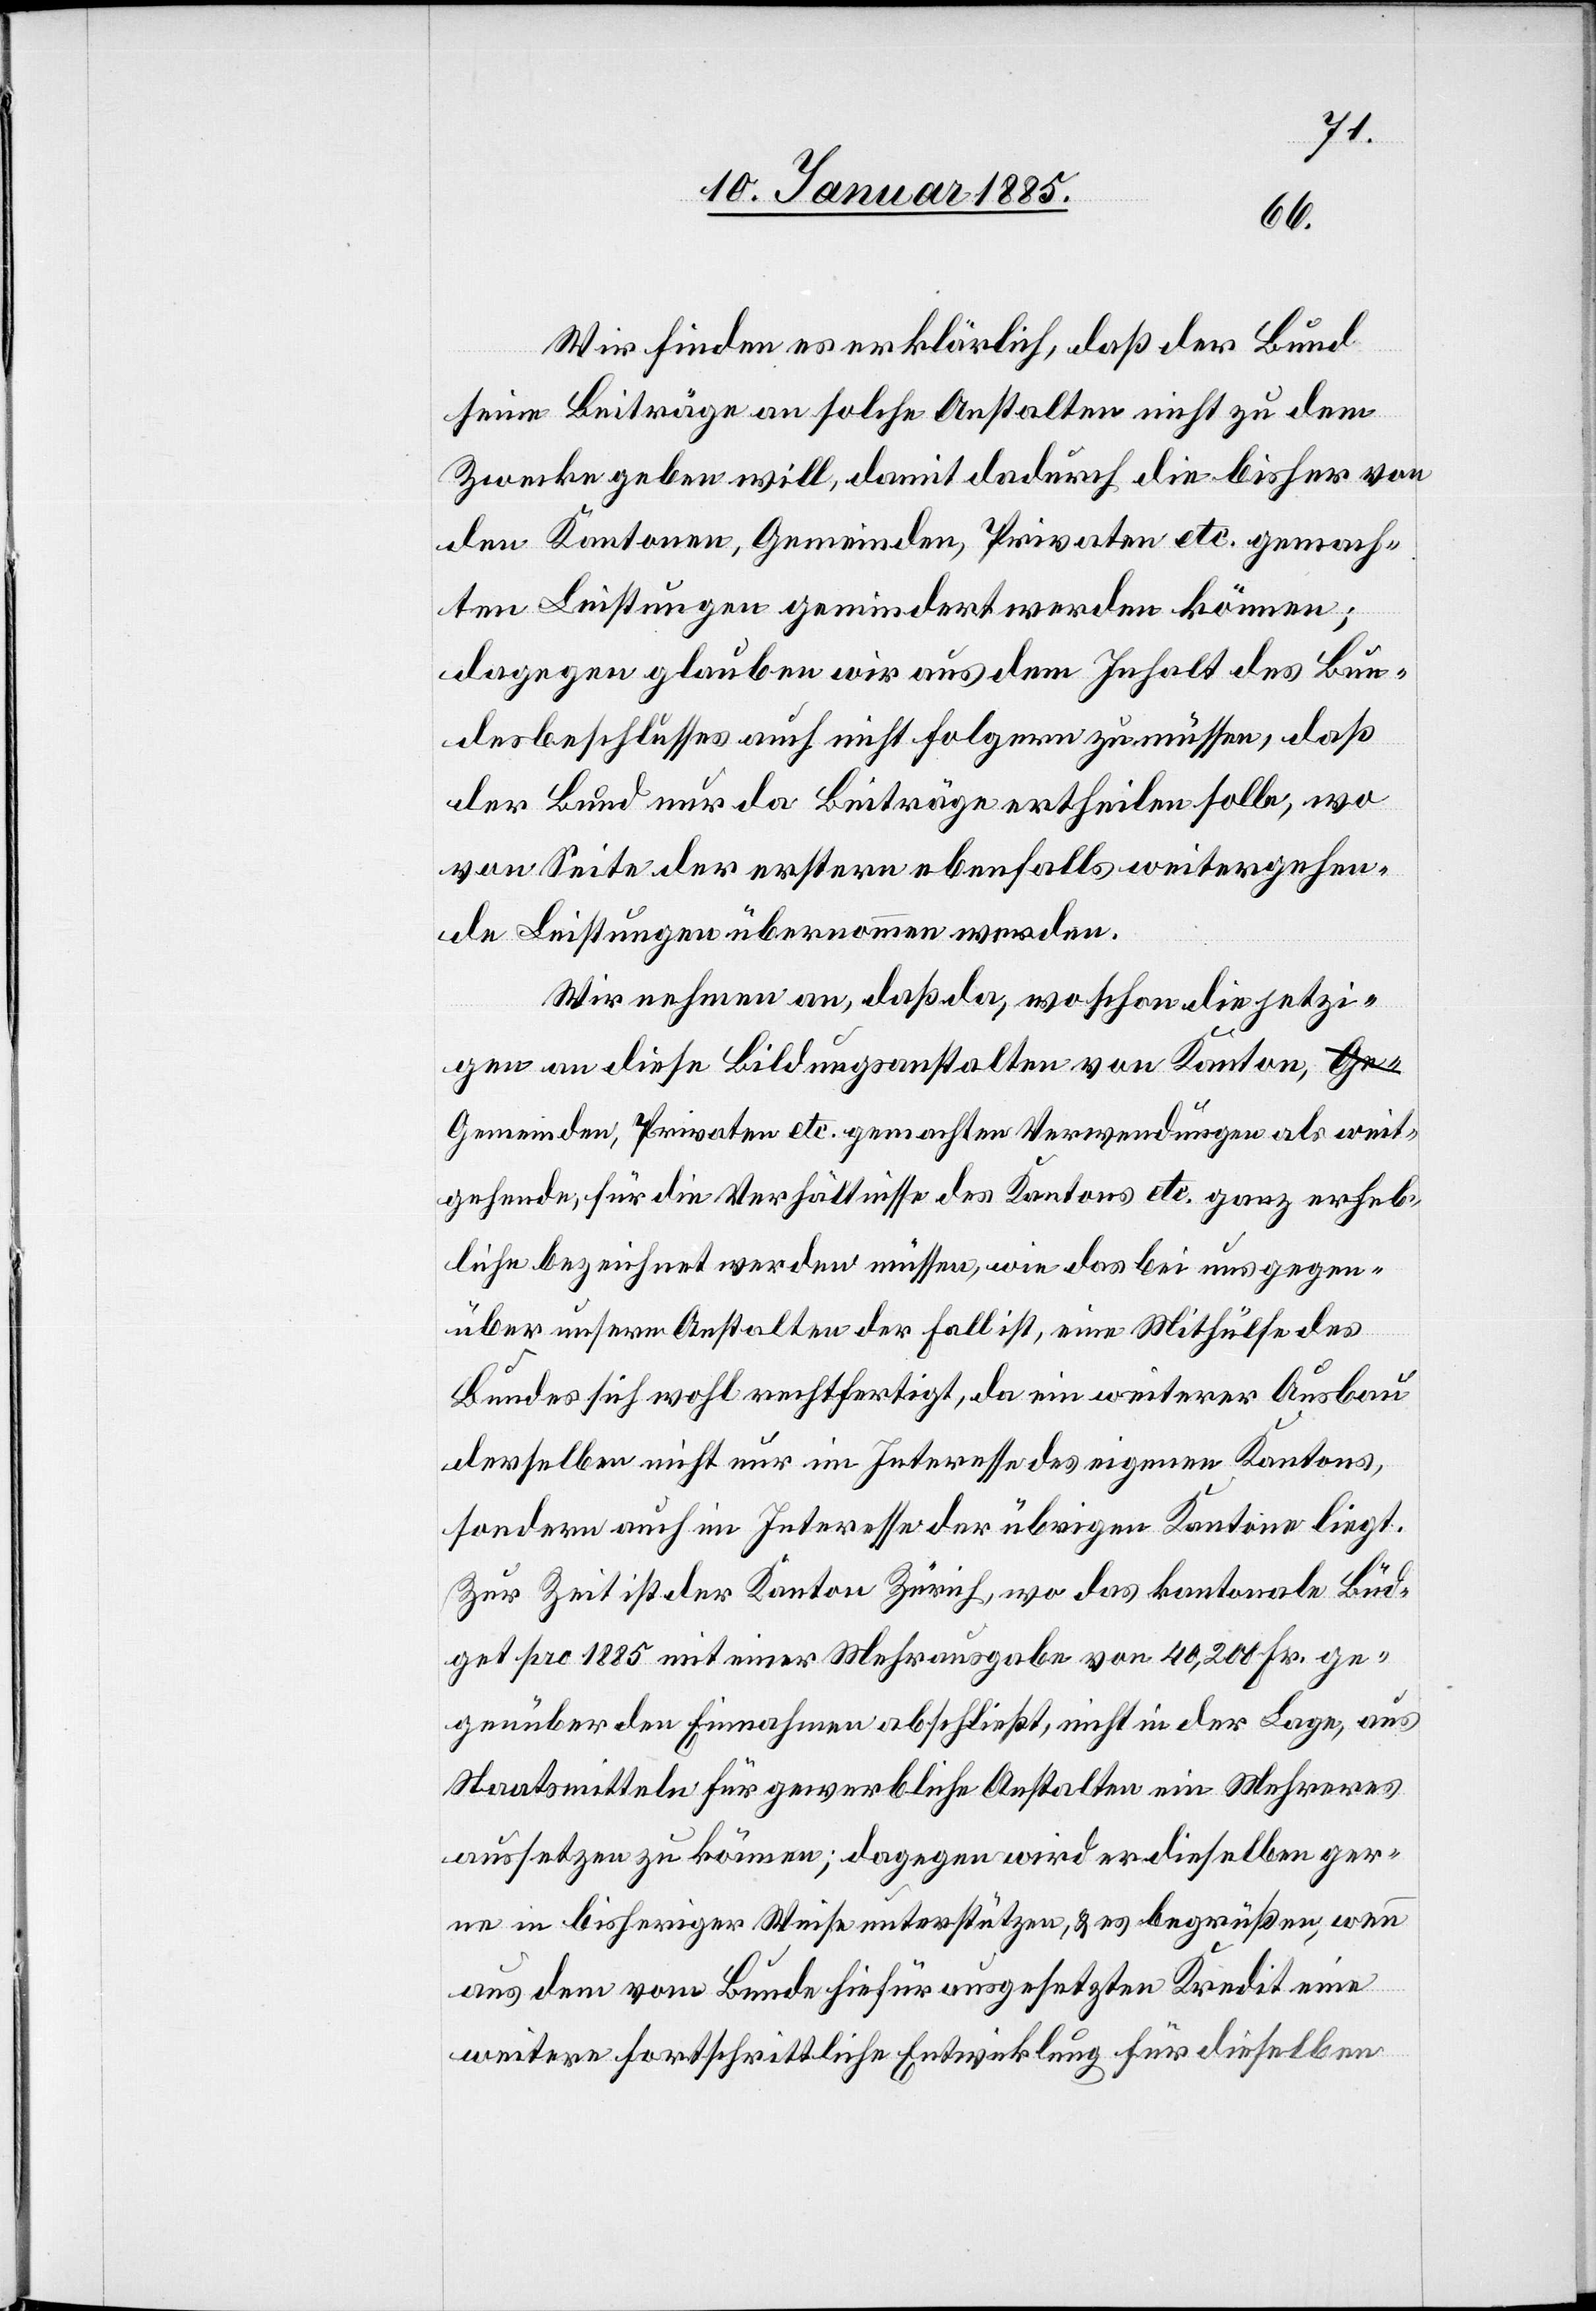
Wir finden es erklärlich, daß der Bund
seine Beiträge an solche Anstalten nicht zu dem
Zwecke geben will, damit dadurch die bisher von
den Kantonen, Gemeinden, Privaten etc. gemach¬
ten Leistungen gemindert werden können;
dagegen glauben wir aus dem Inhalt des Bun¬
desbeschlusses auch nicht folgern zu müssen, daß
der Bund nur da Beiträge ertheilen solle, wo
von Seite der erstern ebenfalls weitergehen¬
de Leistungen übernommen werden.
Wir nehmen an, daß da, wo schon die jetzi¬
gen an diese Bildungsanstalten von Kanton, G¬
emeinden, Privaten etc. gemachten Verwendungen als weit¬
gehende, für die Verhältnisse des Kantons etc. ganz erheb¬
liche bezeichnet werden müsse, wie das bei uns gegen¬
über unsern Anstalten der Fall ist, eine Mithülfe des
Bundes sich wohl rechtfertigt, da ein weiterer Ausbau
derselben nicht nur im Interesse des eigenen Kantons,
sondern auch im Interesse der übrigen Kantone liegt.
Zur Zeit ist der Kanton Zürich, wo das kantonale Büd¬
get pro 1885 mit einer Mehrausgabe von 40,200 Fr. ge¬
genüber den Einnahmen abschließt, nicht in der Lage, aus
Staatsmitteln für gewerbliche Anstalten ein Mehreres
aussetzen zu können; dagegen wird er dieselben ger¬
ne in bisheriger Weise unterstützen, & es begrüßen, wenn
aus den vom Bunde hiefür ausgesetzten Kredit eine
weitere fortschrittliche Entwicklung für dieselben